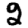
Digit: 2